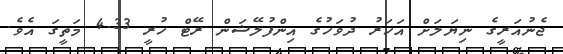
ޖެނުއަރީގެ ނިޔަލަށް އަހަރު ދުވަހުގެ އިންފުލޭޝަން ރޭޓް ހުރީ 4.33 މަތީގަ އެވެ.